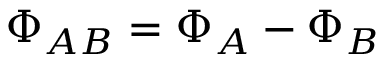
\Phi _ { A B } = \Phi _ { A } - \Phi _ { B }